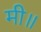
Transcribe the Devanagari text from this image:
मी॥